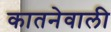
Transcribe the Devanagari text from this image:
कातनेवाली